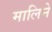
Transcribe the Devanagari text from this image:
मालिने